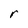
Character: r